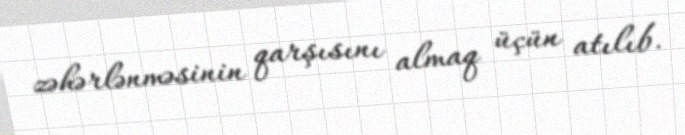
zəhərlənməsinin qarşısını almaq üçün atılıb.